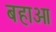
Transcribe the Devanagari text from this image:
बहाओ